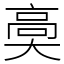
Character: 䯨